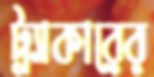
ট্র্যাকারের